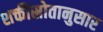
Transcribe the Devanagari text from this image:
शक्तीस्रोतानुसार